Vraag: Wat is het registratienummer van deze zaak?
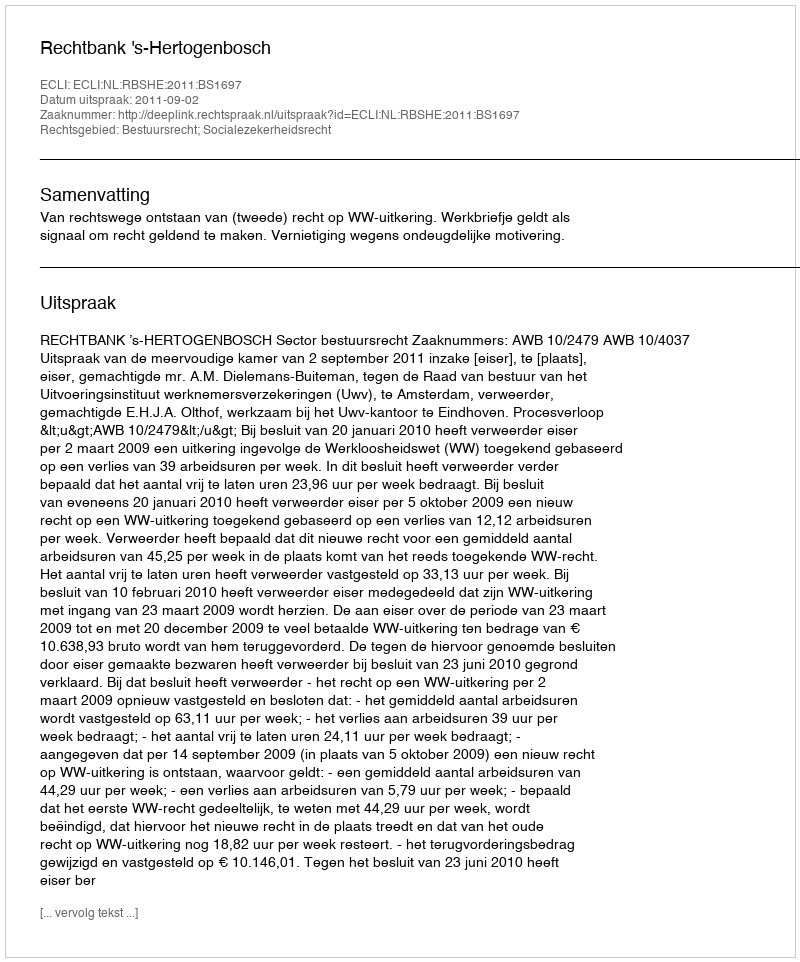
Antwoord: http://deeplink.rechtspraak.nl/uitspraak?id=ECLI:NL:RBSHE:2011:BS1697